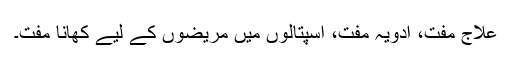
علاج مفت، ادویہ مفت، اسپتالوں میں مریضوں کے لیے کھانا مفت۔